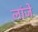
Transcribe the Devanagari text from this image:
लांजे